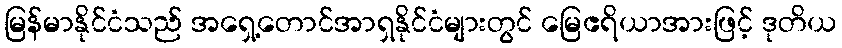
မြန်မာနိုင်ငံသည် အရှေ့တောင်အာရှနိုင်ငံများတွင် မြေဧရိယာအားဖြင့် ဒုတိယ